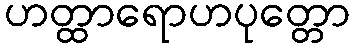
ဟတ္ထာရောဟပုတ္တော